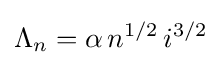
\Lambda _{n}=\alpha \,n^{1/2}\,i^{3/2}